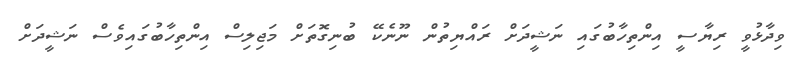
ވިދާޅުވީ ރިޔާސީ އިންތިހާބުގައި ނަޝީދަށް ރައްޔިތުން ނޫނެކޭ ބުނިގޮތަށް މަޖިލިސް އިންތިހާބުގައިވެސް ނަޝީދަށް